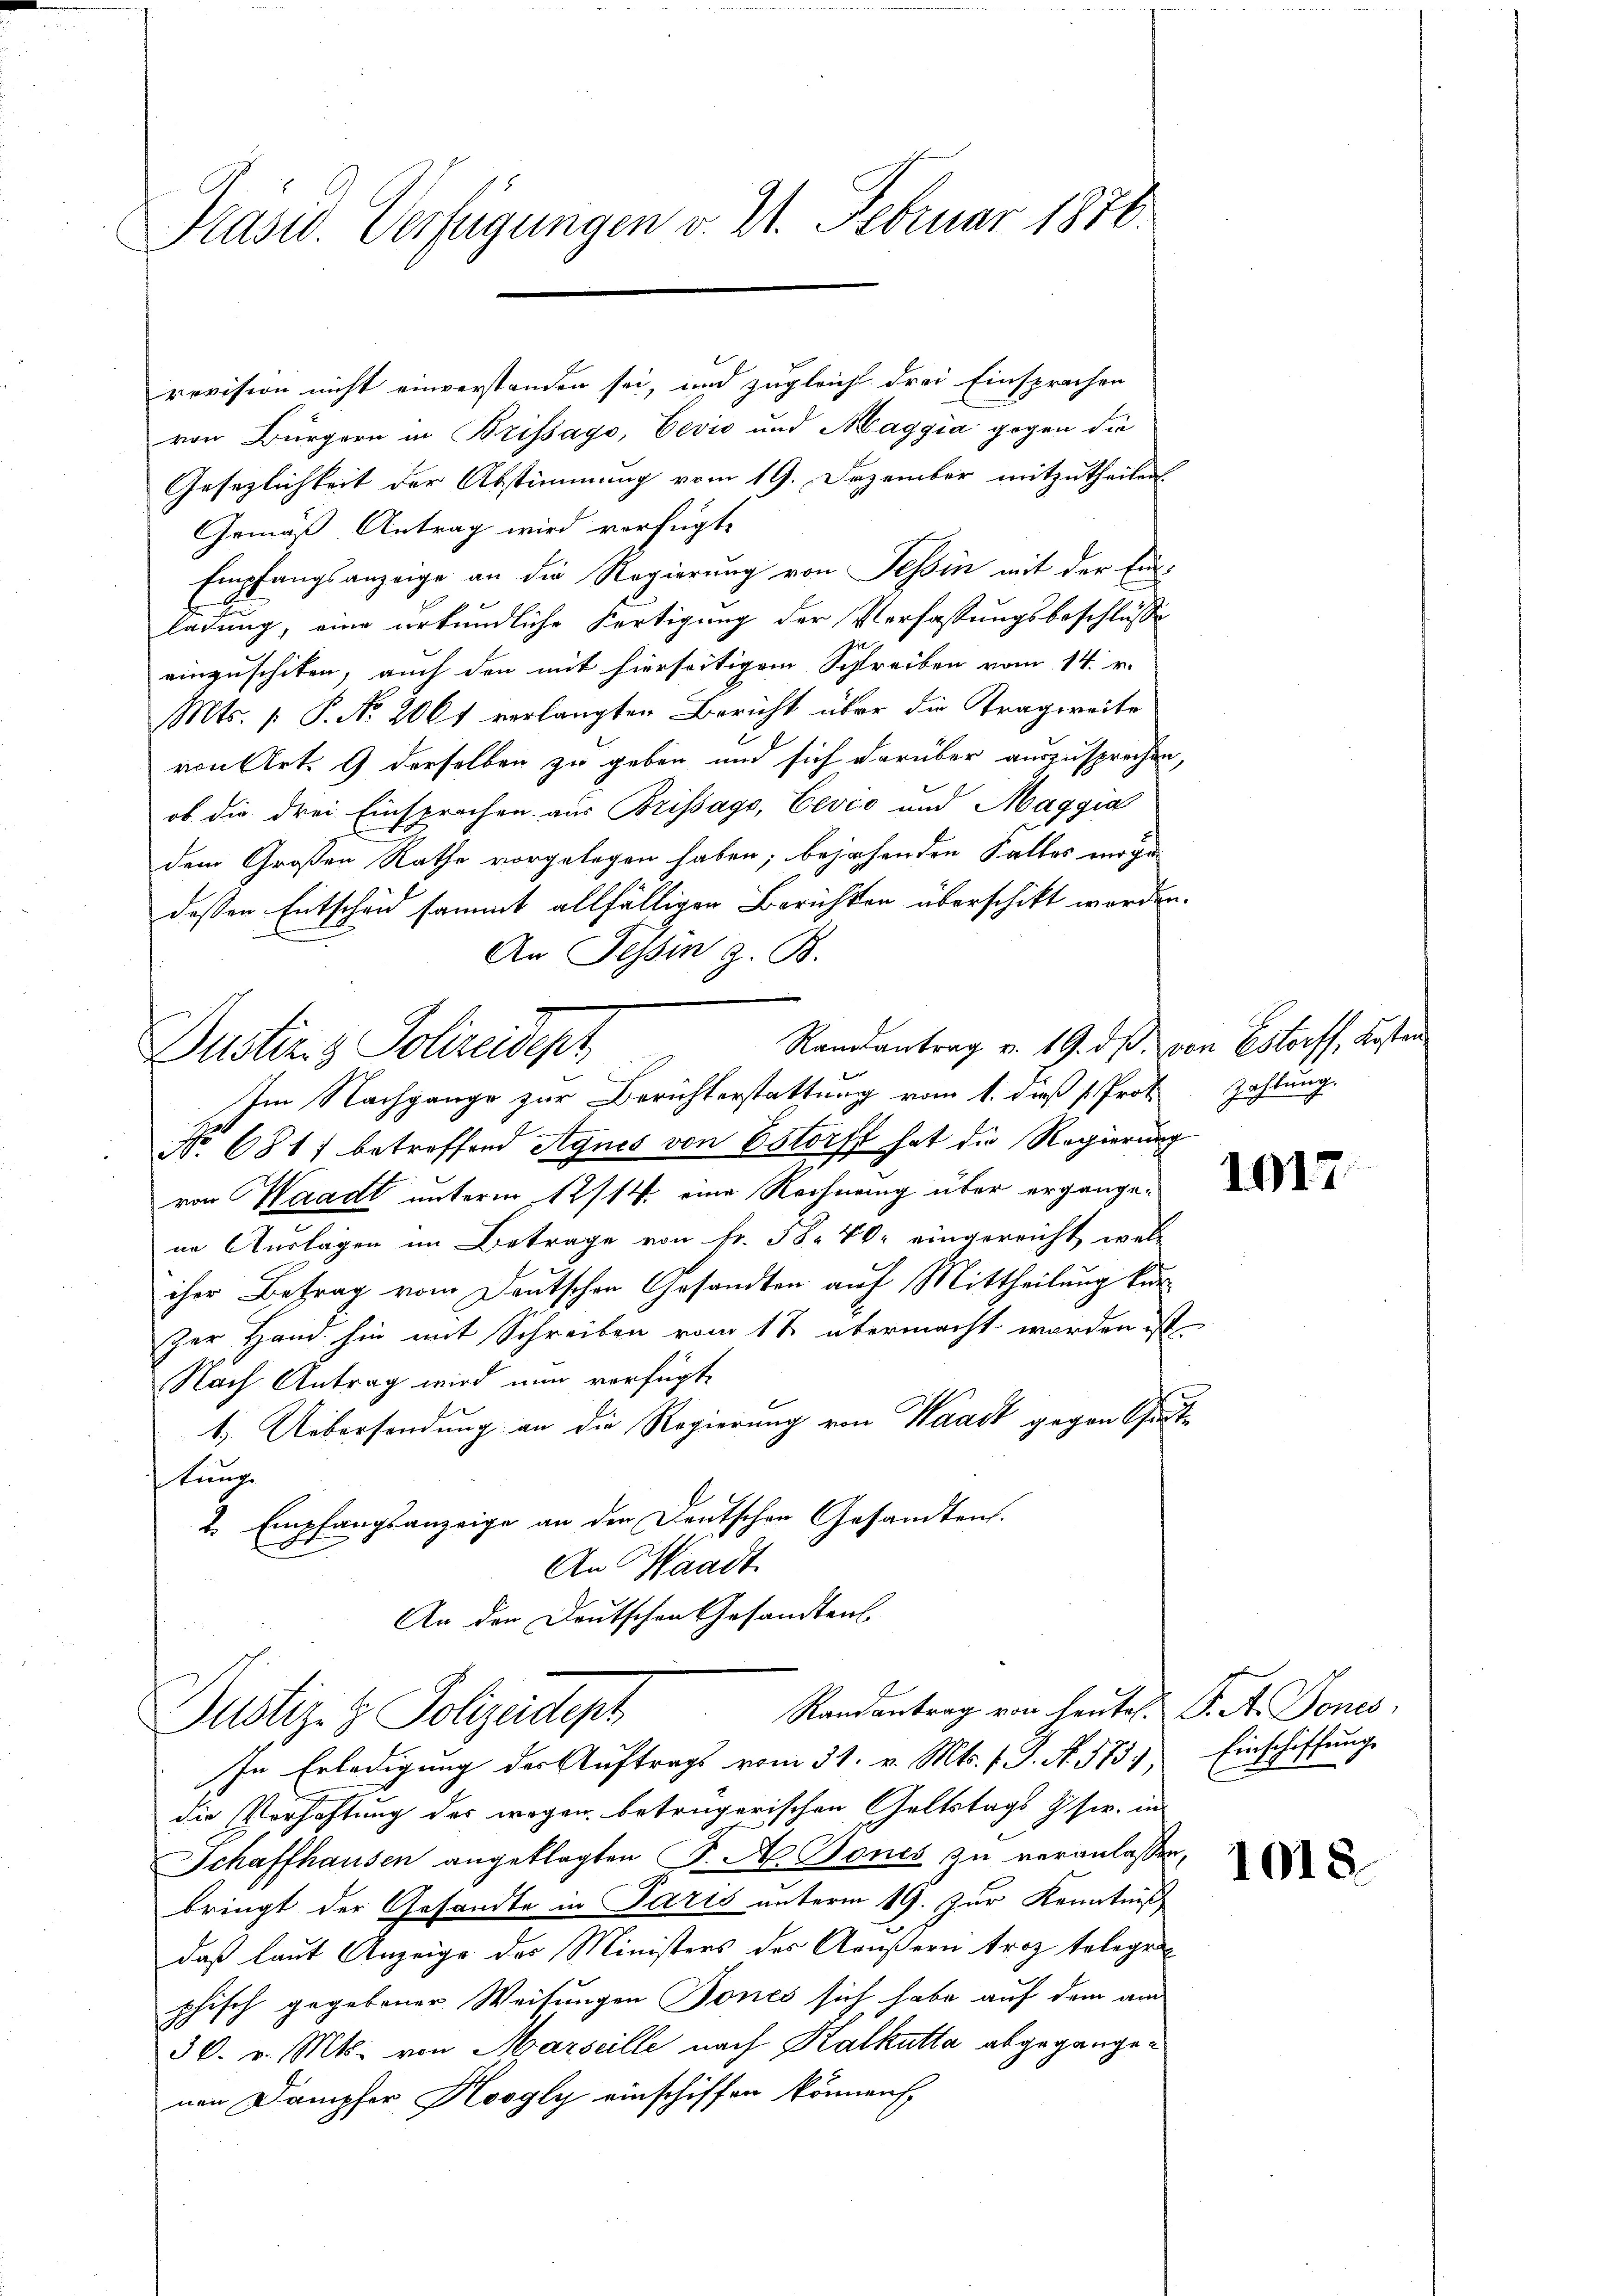
Präsid. Verfügungen v. 21. Februar 1876.

von Bürgern in Brissago, Eević und Maggia gegen die
Gesezlichkeit der Abstimmung vom 19. Dezember mitzutheilen.
Gemäß Antrag wird verfügt,
Empfangsanzeige an die Regierung von Tessin mit der Ein-
ladung, eine urkundliche Fertigung der Verfassungsbeschlusse
einzuschiken, auch den mit hierseitigem Schreiben vom 14. v.
Mts. (: P. Nr. 2061 verlangten Bericht über die Tragweite
von Art. 9 derselben zu geben und sich darüber auszusprechen,
ob die drei Einsprachen aus Brissago, Cević und Maggia
dem Großen Rathe vorgelegen haben; bejahenden Falles morgedessen Entscheid sammt allfälligen Berichten überschikt werden.
An Tessin z. B.
Randantrag v. 19. ds. von Estorff, Kosten
Dustiz- & Polizeident
Im Nachgange zur Berichterstattung vom 1. daß Prot
No 681) betreffend Agnes von Estorff hat die Regierung
von Waadt unterm 12/14. eine Rechnung über ergangene Auslagen im Betrage von Fr. 58. 40. eingereicht, wel-
iher Betrag vom Deutschen Gesandten auf Mittheilung kurzer Hand hin mit Schreiben vom 1t übermacht worden ist
Nach Antrag wird nun verfügt,
1.) Uebersendung an die Regierung von Waadt gegen Gutlung
2. Empfangsanzeige an der Deutschen Gesandtens.
An Waadt
An den Deutschen Gesandtens

revision nicht einverstanden sei, und zugleich drei Einsprachen

Randantrag von heutet. S. A. Tones,
Justiz- & Polizeidept

In Erledigung der Auftrags vom 31. v. Mts. f. J. A. 573,
die Verhaftung des wegen betrügerischen Geltstags Gs. in
Schaffhausen angeklagten J. A. Bones zu veranlassen,
bringt der Gesandte in Paris unterm 19. Zur Kenntnis
daß laut Anzeige des Ministers des Aeußern troz telege
phisch gegebener Weisungen Tones sich habe auf dem am
36. v. Mts. von Marseille nach Kalkutta abgegangen
nen Dampfer Koogly einschiffen können

Zahlung.

1017.

Einschaffung

1018.